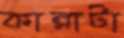
কান্নাটা